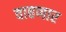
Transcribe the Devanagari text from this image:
वाहणार